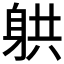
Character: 𮜲